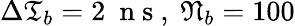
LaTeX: \Delta\mathfrak{T}_{b}=2\ \mathrm{~n~s~},\ \mathfrak{N}_{b}=100